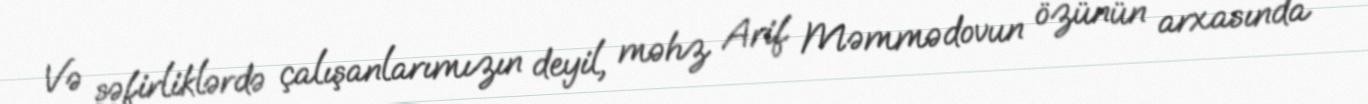
Və səfirliklərdə çalışanlarımızın deyil, məhz Arif Məmmədovun özünün arxasında